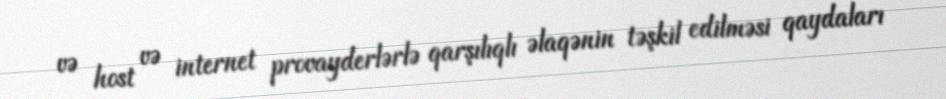
və host və internet provayderlərlə qarşılıqlı əlaqənin təşkil edilməsi qaydaları